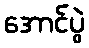
အောင်ပွဲ